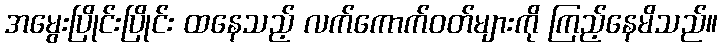
အမွေးပြိုင်းပြိုင်း ထနေသည့် လက်ကောက်ဝတ်များကို ကြည့်နေမိသည်။